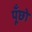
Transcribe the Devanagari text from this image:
पूँछो